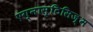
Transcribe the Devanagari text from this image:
एग्नास्टिसिज़्म